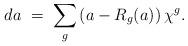
LaTeX: \begin{align*}d a \; = \; \sum_g \left( a - R_g(a) \right) \chi^g.\end{align*}